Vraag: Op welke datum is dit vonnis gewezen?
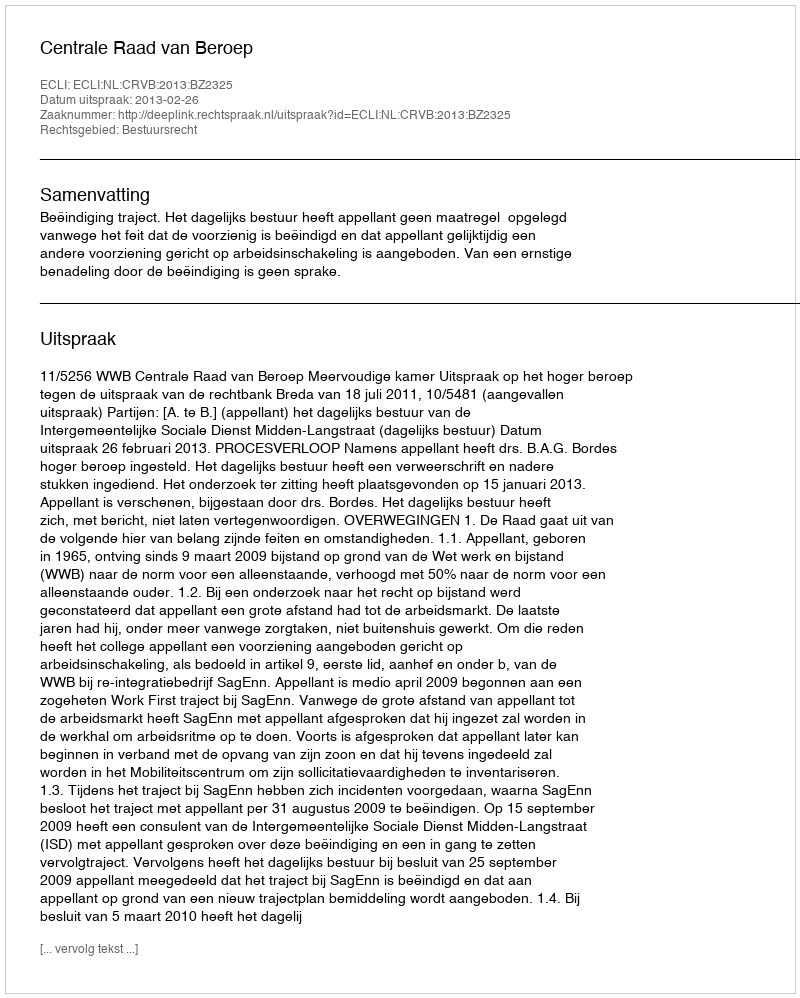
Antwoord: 2013-02-26